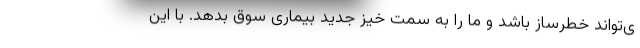
ی‌تواند خطرساز باشد و ما را به سمت خیز جدید بیماری سوق بدهد. با این